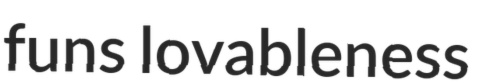
funs lovableness